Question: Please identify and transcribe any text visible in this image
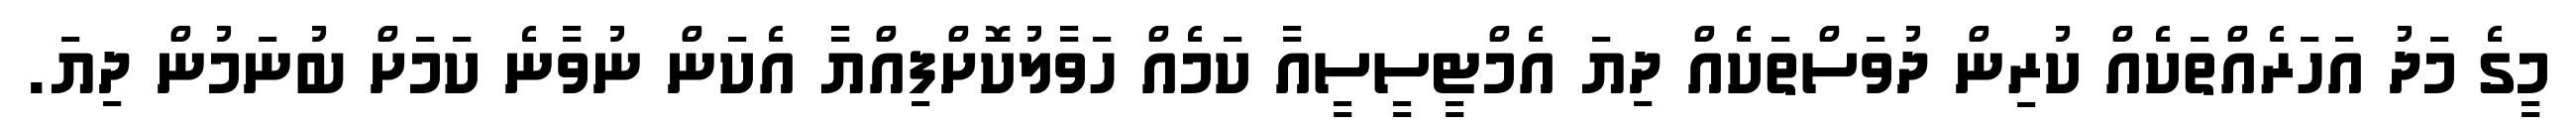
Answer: މީގެ މަދު އަހަރެއްތަކެއް ކުރިން ދުވަސްތަކެއް ދިޔަ އެމްޓީސީސީއާ ކަމެއް ހަވާލުކޮށްފިއްޔާ އެކަން ނުވާނެ ކަމަށް ބުނަމުން ދިޔަ.